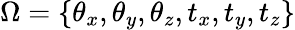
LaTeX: \Omega=\{ \theta_{x},\theta_{y},\theta_{z},t_{x},t_{y},t_{z}\}